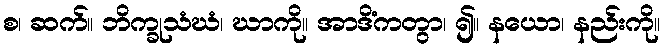
စ၊ ဆက်။ ဘိက္ခုသံဃံ၊ ဃာကို။ အာဒိံကတွာ၊ ၍။ နယော၊ နည်းကို။